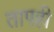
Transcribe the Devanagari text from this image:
तापही